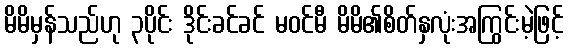
မိမိမှန်သည်ဟု ၃ပိုင်း ဒိုင်းခင်ခင် မဝင်မီ မိမိ၏စိတ်နှလုံးအကြွင်းမဲ့ဖြင့်